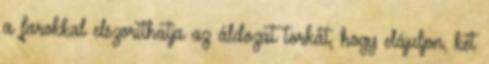
a farokkal elszoríthatja az áldozat torkát, hogy elájuljon, két